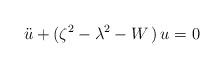
LaTeX: \begin{align*}\ddot{u}+(\zeta ^{2}-\lambda ^{2}-W\,)\,u=0\end{align*}